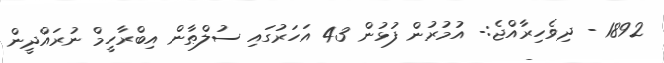
1892 - ދިވެހިރާއްޖެ:- އުމުރުން ފުޅުން 43 އަހަރުގައި ސުލްޠާން އިބްރާހީމް ނުރައްދީން